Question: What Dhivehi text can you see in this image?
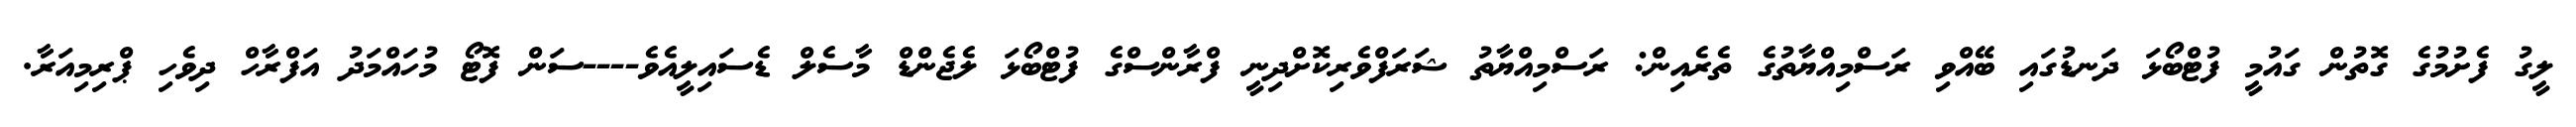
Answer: ލީގު ފެށުމުގެ ގޮތުން ގައުމީ ފުޓްބޯޅަ ދަނޑުގައި ބޭއްވި ރަސްމިއްޔާތުގެ ތެރެއިން: ރަސްމިއްޔާތު ޝަރަފްވެރިކޮށްދިނީ ފްރާންސްގެ ފުޓްބޯޅަ ލެޖެންޑް މާސެލް ޑެސައިލީއެވެ----ސަން ފޮޓޯ މުހައްމަދު އަފްރާހް ދިވެހި ޕްރިމިއަރާ.